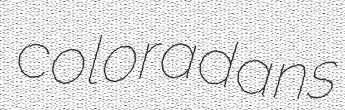
coloradans